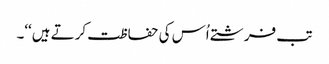
تب فرشتے اُس کی حفاظت کرتے ہیں‘‘۔